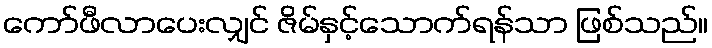
ကော်ဖီလာပေးလျှင် ဇိမ်နှင့်သောက်ရန်သာ ဖြစ်သည်။